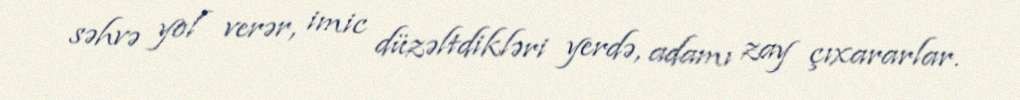
səhvə yol verər, imic düzəltdikləri yerdə, adamı zay çıxararlar.